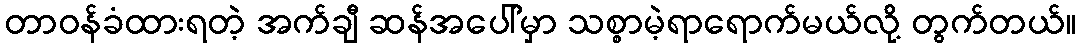
တာဝန်ခံထားရတဲ့ အက်ချီ ဆန်အပေါ်မှာ သစ္စာမဲ့ရာရောက်မယ်လို့ တွက်တယ်။